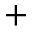
^ +